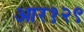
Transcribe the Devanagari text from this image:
आर१२९